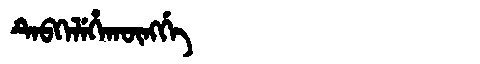
Manchu: ᡨᡝᠪᡴᡝᠯᡝᡥᠠᡴᡡᠩᡤᡝ
Romanization: TEBKELEHAKŪNGGE